Lunatic asylums in Bengal annual reports 1888-1898 - 1888-1898
Year: 1888
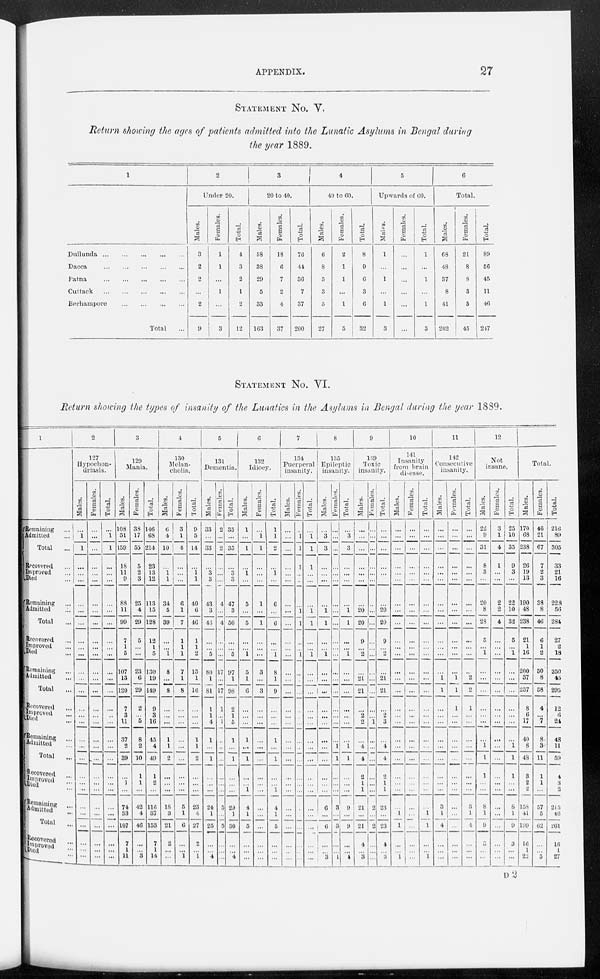
APPENDIX.
27
STATEMENT NO. Y.
Return showing the ages of patients admitted into the Lunatic Asylums in Bengal during
the year 1889.
1
Dullunda
...
...
...
...
...
Dacca
...
...
...
...
...
Patna
...
...
...
...
...
Cuttack
...
...
...
...
Berhampore
...
...
...
...
Total ...
2
Under 20.
Males.
3
2
2
...
2
9
Females.
1
1
...
1
...
3
Total.
4
3
2
1
2
12
3
20 to 40.
Males.
58
38
29
5
33
163
Females.
18
6
7
2
4
37
Total.
76
44
36
7
37
200
4
49 to 60.
Males.
6
8
5
3
5
27
Females.
2
1
1
...
1
5
Total.
8
9
6
3
6
32
5
Upwards of 60.
Males.
1
...
1
...
1
3
Females.
...
...
...
...
...
...
Total.
1
...
1
...
1
3
6
Total.
Males.
68
48
37
8
41
202
Females.
21
8
8
3
5
45
Total.
89
56
45
11
40
247
STATEMENT NO.
VI.
Return showing the types of insanity of the Lunatics in the Asylums in Bengal during the year 1889.
1
Remaining ...
Admitted ...
Total ...
Recovered ...
Improved ...
Died ...
Remaining ...
Admitted ...
Total ...
Recovered ...
Improved ...
Died ...
Remaining ...
Admitted ...
Total ...
Recovered ...
Improved ...
Died ...
Remaining ...
Admitted ...
Total
...
Recovered ...
Improved ...
Died ...
Remaining ...
Admitted ...
Total ...
Recovered ...
Improved ...
Died ...
2
127
Hypochon-
driasis.
Males.
...
1
1
...
...
...
...
...
...
...
...
...
...
...
...
...
...
...
...
...
...
...
...
...
...
...
...
...
...
...
Females.
...
...
...
...
...
...
...
...
...
...
...
...
...
...
...
...
...
...
...
...
...
...
...
...
...
...
...
...
...
...
Total.
...
1
1
...
...
...
...
...
...
...
...
...
...
...
...
...
...
...
...
...
...
...
...
...
...
...
...
...
...
...
3
129
Mania.
Males.
108
51
159
18
11
9
88
11
99
7
1
5
107
13
120
7
3
11
37
2
39
...
1
...
74
33
107
7
1
11
Females.
38
17
55
5
2
3
25
4
29
5
...
...
23
6
29
2
... 5
8
2
10
1
1
...
42
4
46
...
... 3
Total.
146
68
214
23
13
12
113
15
128
12
1
5
130
19
149
9
3
16
45
4
49
1
2
...
116
37
153
7
1
14
4
130
Melan-
cholia.
Males.
6
4
10
...
1
1
34
5
39
...
...
1
8
...
8
...
...
...
1
1
2
...
...
...
18
3
21
2
...
...
Females.
3
1
4
...
...
...
6
1
7
1
1
1
7
1
8
...
...
...
...
...
...
...
...
...
5
1
6
...
...
1
Total.
9
5
14
...
1
1
40
6
46
1
1
2
15
1
16
...
...
...
1
1
2
...
...
...
23
1
27
2
...
1
5
131
Dementia.
Males.
33
...
33
...
3
3
43
3
46
...
...
5
80
1
81
1
1
4
1
...
1
...
...
...
24
1
25
...
... 4
Females.
2
...
2
...
...
...
4
...
4
...
...
...
17
...
17
1
...
1
...
...
...
...
...
...
5
...
5
...
...
...
Total.
35
...
35
...
3
3
17
3
50
...
...
5
97
1
98
2
1
5
1
...
1
...
...
...
29
1
30
...
... 4
6
132
Idiocy.
Males.
1
...
1
...
1
...
5
...
5
...
...
1
5
1
6
...
...
...
1
...
1
...
...
1
4
1
5
...
...
...
Females.
...
1
1
...
...
...
1
...
1
...
...
...
3
...
3
...
...
...
...
...
...
...
...
...
...
...
...
...
...
...
Total.
1
1
2
...
1
...
6
...
6
...
...
1
8
1
9
...
...
...
1
...
1
...
...
1
4
1
5
...
...
...
7
134
Puerperal
insanity.
Males.
...
...
...
...
...
...
...
...
...
...
...
...
...
...
...
...
...
...
...
...
...
...
...
...
...
...
...
...
...
...
Females.
...
1
1
1
...
...
...
1
1
...
...
1
...
...
...
...
...
...
...
...
...
...
...
...
...
...
...
...
...
...
Total.
...
1
1
1
...
...
...
1
1
...
...
1
...
...
...
...
...
...
...
...
...
...
...
...
...
...
...
...
...
...
8
135
Epileptic
insanity.
Males.
...
3
3
...
...
...
...
1
1
...
...
1
...
...
...
...
...
...
...
...
...
...
...
...
6
...
6
...
...
3
Females.
...
...
...
...
...
...
...
...
...
...
...
...
...
...
...
...
...
...
...
1
1
...
...
...
3
...
3
...
...
1
Total.
...
3
3
...
...
...
...
1
1
...
...
1
...
...
...
...
...
...
...
1
1
...
...
...
9
...
9
...
...
4
9
139
Toxic
insanity.
Males.
...
...
...
...
...
...
...
20
20
9
...
2
...
21
21
...
2
...
...
4
4
2
1
1
21
...
21
4
...
3
Females.
...
...
...
...
...
...
...
...
...
...
...
...
...
...
...
...
...
1
...
...
...
...
...
...
2
...
2
...
...
...
Total.
...
...
...
...
...
...
...
20
20
9
...
2
...
21
21
...
2 3
...
4
4
2
1
1
23
...
23
4
...
3
10
141
Insanity
from brain
disease.
Males.
...
...
...
...
...
...
...
...
...
...
...
...
...
...
...
...
...
...
...
...
...
...
...
...
...
1
1
...
... 1
Females.
...
...
...
...
...
...
...
...
...
...
...
...
...
...
...
...
...
...
...
...
...
...
...
...
...
...
...
...
...
...
Total.
...
...
...
...
...
...
...
...
...
...
...
...
...
...
...
...
...
...
...
...
...
...
...
...
...
1
1
...
... 1
11
142
Consecutive
insanity.
Males.
...
...
...
...
...
...
...
...
...
...
...
...
...
1
1
...
...
...
...
...
...
...
...
...
3
1
4
...
...
...
Females.
...
...
...
...
. ..
...
...
...
...
...
...
...
...
1
1
1
...
...
...
...
...
...
...
...
...
...
...
...
...
...
Total.
...
...
...
...
. ..
...
...
...
...
...
...
...
...
2
2
1
...
...
...
...
...
...
...
...
3
1
4
...
...
...
12
Not
insane.
Males.
22
9
31
8
3
...
20
8
23
5
...
1
...
...
...
...
...
...
. ..
1
1
1
...
...
8
1
9
3
...
...
Females.
3
1
4
1
...
...
2
2
4
...
...
...
...
...
...
...
...
...
...
...
...
...
...
...
...
...
...
...
...
...
Total.
25
10
35
9
3
...
22
10
32
5
...
1
...
...
...
...
...
...
...
1
1
1
...
...
8
1
9
3
...
...
Total.
Males.
170
68
238
2G
19
13
190
48
238
21
1
16
200
37
237
8
6
17
40
8
48
3
2
2
158
41
199
10
1
22
Females.
46
21
67
7
2
3
39
8
46
6
1
2
50
8
58
4
... 7
8
3
11
1
1
...
57
5
62
...
... 5
Total.
216
89
305
33
21
16
228
56
284
27
2
18
250
45
295
12
6
24
48
11
59
4
3
2
215
10
261
16
1
27
D 2